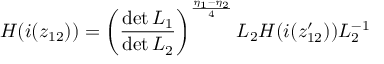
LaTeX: H ( i ( z _ { 1 2 } ) ) = \left( \frac { \operatorname * { d e t } L _ { 1 } } { \operatorname * { d e t } L _ { 2 } } \right) ^ { \frac { \eta _ { 1 } - \eta _ { 2 } } { 4 } } L _ { 2 } H ( i ( z _ { 1 2 } ^ { \prime } ) ) L _ { 2 } ^ { - 1 }